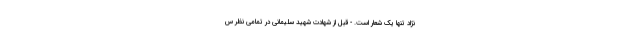
نژاد تنها یک شعار است. - قبل از شهادت شهید سلیمانی در تمامی نظر س